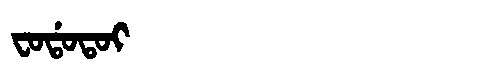
Manchu: ᠸᠣᡩᠣᡨᠣᡳ
Romanization: FODOTOI